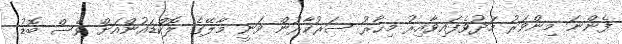
ފެންނަ މިންވަރު މަދުވެފައިވާއިރު މިހާރު ސަރުކާރުން ވަނީ މާލޭގެ ލޮކްޑައުންއަށް ވެސް ބޮޑު